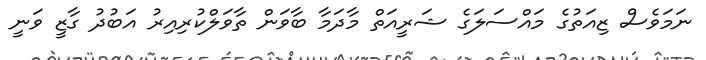
ނަމަވެސް ޒިއަތުގެ މައްސަލަގެ ޝަރީއަތް މާދަމާ ބާވަން ތާވަލްކުރިއިރު އަބުދު ގާޒީ ވަނީ